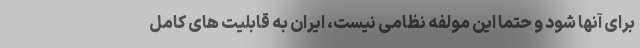
برای آنها شود و حتما این مولفه نظامی نیست، ایران به قابلیت های کامل